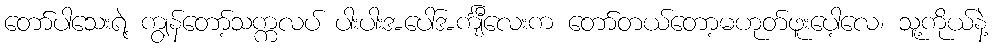
တော်ပါသေးရဲ့ ကျွန်တော့်သက္ကလပ် ပါးပါးအပေါ်အင်္ကျီလေးက တော်တယ်တော့မဟုတ်ဖူးပေါ့လေ၊ သူ့ကိုယ်နဲ့